King Institute of Preventive Medicine Micro-Biological Section reports 1912-19
Year: 1912
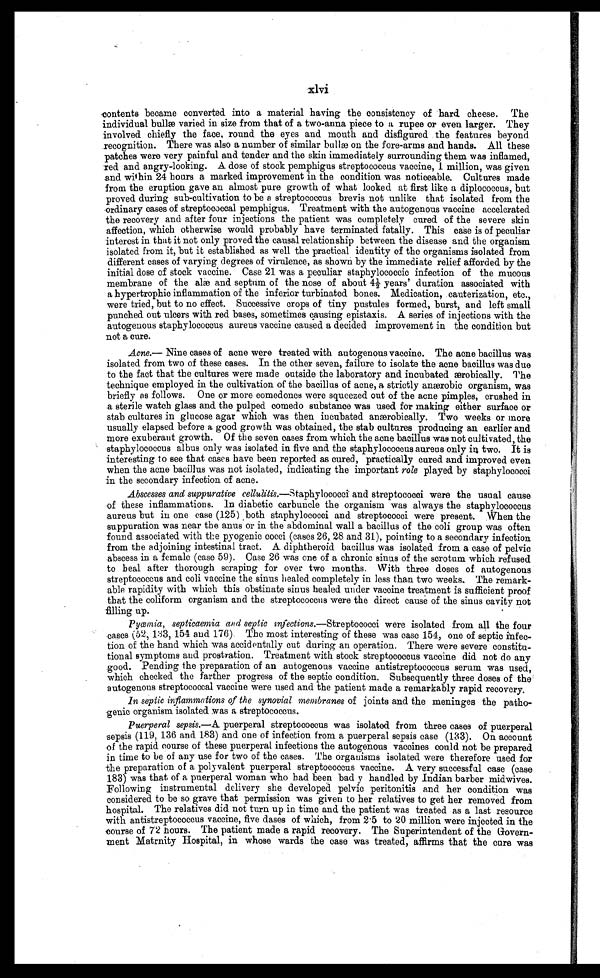
xlvi
c o n s e n t s b e c a m e c o n v e r t e d i n t o a m a t e r i a l h a v i n g t h e c o n s i s t e n c y o f h a r d . c h e e s e . T h e
individual bullæ varied in size from that of a two-anna piece to a rupee or even larger. They
involved chiefly the face, round the eyes and mouth and disfigured the features beyond
recognition. There was also a number of similar bullæ on the fore-arms and hands. All these
patches were very painful and tender and the skin immediately surrounding them was inflamed,
red and angry-looking. A dose of stock pemphigus streptococcus vaccine, l million, was given
and within 24 hours a marked improvement in the condition was noticeable. Cultures made
from the eruption gave an almost pure growth of what looked at first like a diplococcus, but
proved during sub-cultivation to be a streptococcus brevis not unlike that isolated from the
ordinary cases of streptococcal pemphigus. Treatment with the autogenous vaccine accelerated
the recovery and after four injections the patient was completely cured of the severe skin
affection, which otherwise would probably have terminated fatally. This case is of peculiar
interest in that it not only proved the causal relationship between the disease and the organism
isolated from it, but it established as well the practical identity of the organisms isolated from
different cases of varying degrees of virulence, as shown by the immediate relief afforded by the
initial dose of stock vaccine. Case 21 was a peculiar staphylococcic infection of the mucous
membrane of the alæ and septum of the nose of about 4½ years' duration associated with
a hypertrophic inflammation of the inferior turbinated bones. Medication, cauterization, etc.,
were tried, but to no effect. Successive crops of tiny pustules formed, burst, and left small
punched out ulcers with red bases, sometimes causing epistaxis. A series of injections with the
a n t o g e n o u s s t a p h y l o c o c c u s a u r e u s v a c c i n e c a u s e d a d e c i d e d i m p r o v e m e n t i n t h e c o n d i t i o n b u t
not a cure.
Acne.— Nine cases of acne were treated with autogenous vaccine. The acne bacillus was
isolated from two of these cases. In the other seven, failure to isolate the acne bacillus was due
to the fact that the cultures were made outside the laboratory and incubated ærobically. The
technique employed in the cultivation of the bacillus of acne, a strictly anærobic organism, was
briefly as follows. One or more comedones were squeezed out of the acne pimples, crushed in
a sterile watch glass and the pulped comedy substance was used. for making either surface or
stab cultures in glucose agar which was then incubated anærobically. Two weeks or more
usually elapsed before a good growth was obtained, the stab cultures producing an earlier and
more exuberant growth. Of the seven oases from which the acne bacillus was not cultivated, the
staphylococcus albus only was isolated in five and the staphylococcus aureus only in two. It is
interesting to see that cases have been reported as cured, practically cured and improved even
when the acne bacillus was not isolated, indicating the important role played by staphylococci
in the secondary infection of acne.
Abscesses and suppurative cellulitis. —Staphylococci and streptococci were the usual cause
of these inflammations. In diabetic carbuncle the organism was always the staphylococcus
aureus but in one case (125), both staphylococci and streptococci were present. When the
suppuration was near the anus or in the abdominal wall a bacillus of the colic group was often
found associated with the pyogenic cocci (cases 26, 28 and 31), pointing to a secondary infection
from the adjoining intestinal tract. A diphtheroids bacillus was isolated from a case of pelvic
abscess in a female (case 59). Case 26 was one of a chronic sinus of the scrotum which refused
to heal after thorough scraping for over two months. With three doses of autogenous
streptococcus and coli vaccine the sinus healed completely in less than two weeks. The remark
-able rapidity with which this obstinate sinus healed under vaccine treatment is sufficient proof
that the coliform organism and the streptococcus were the direct cause of the sinus cavity not
filling up.
Pyœmia, septicaemia and septic infections. —Streptococci were isolated from all the four
cases (52, 133, 154 and 176). The most interesting of these was case 154, one of septic infec-
tion of the hand which was accidentally cut during an operation. There were severe constitu-
tional symptoms and. prostration. Treatment with stock streptococcus vaccine did not do any
good. Pending the preparation of an autogenous vaccine antistreptococcus serum was used,
which checked the farther progress of the septic condition. Subsequently three doses of the
autogenous streptococcal vaccine were used and the patient made a remarkably rapid recovery.
In septic inflammations of the synovial membranes of joints and the meninges the
pathogenic organism isolated was a streptococcus.
Puerperal sepsis.—A puerperal streptococcus was isolated from three cases of puerperal
sepsis (119, 136 and 183) and one of infection from a puerperal sepsis case (133). On account
of the rapid course of these puerperal infections the autogenous vaccines could not be prepared
in time to be of any use for two of the cases. The organisms isolated were therefore used for
the preparation of a polyvalent puerperal streptococcus vaccine. A very successful case (case
183) was that of a puerperal woman who bad been bad y handled by Indian barber midwives.
Following instrumental delivery she developed pelvic peritonitis and her condition was
considered to be so grave that permission was given to her relatives to get her removed from
hospital. The relatives did not turn up in time and the patient was treated as a last resource
with antistreptococcus vaccine, five dases of which, from 2·5 to 20 million were injected in the
course of 72 hours. The patient made a rapid recovery. The Superintendent of the Govern-
ment Matrnity Hospital, in whose wards the case was treated, affirms that the cure was